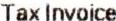
TAX INVOICE